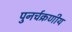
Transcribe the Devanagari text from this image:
पुनर्चक्रणीय